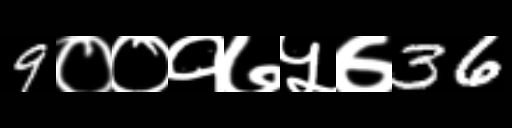
Text: 9००१७५७36